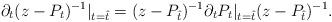
LaTeX: \begin{align*} \partial_{t}(z-P_{t})^{-1}|_{t=\hat{t}}=(z-P_{\hat{t}})^{-1}\partial_{t}P_{t}|_{t=\hat{t}}(z-P_{\hat{t}})^{-1}.\end{align*}